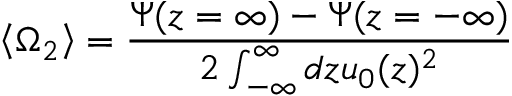
\left\langle \Omega _ { 2 } \right\rangle = \frac { \Psi ( z = \infty ) - \Psi ( z = - \infty ) } { 2 \int _ { - \infty } ^ { \infty } d z u _ { 0 } ( z ) ^ { 2 } }